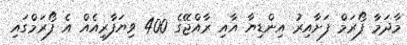
މާދަމާ ފޯރަމް ފަށާއިރު އިންޑިޔާ އާއި ރާއްޖޭގެ 400 ވިޔަފާރިއެއް އެ ފޯރަމްގައި